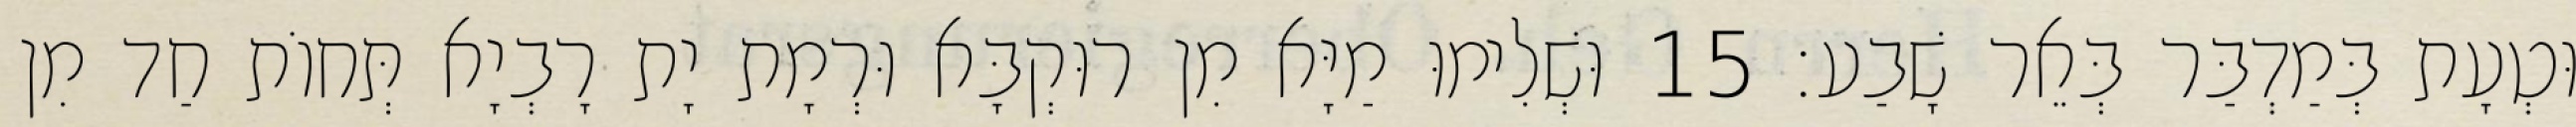
וּטְעָת בְּמַדְבַּר בְּאֵר שָׁבַע׃ 15 וּשְׁלִימוּ מַיָּא מִן רוּקְבָּא וּרְמָת יָת רָבְיָא תְּחוֹת חַד מִן